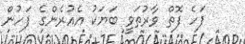
ފަހެ ފޮތް ވާރުތަވީ ބަޔަކު އެއުރެންގެ ފަހުން